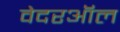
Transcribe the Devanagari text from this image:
वेदरऑल